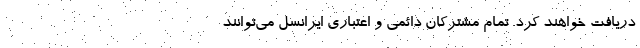
دریافت خواهند کرد. تمام مشترکان دائمی و اعتباری ایرانسل می‌توانند